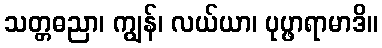
သတ္တဓညာ၊ ကျွန်၊ လယ်ယာ၊ ပုပ္ဖာရာမာဒိ။